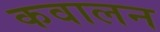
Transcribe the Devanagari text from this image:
कवालन